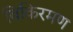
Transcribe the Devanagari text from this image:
विकिरमण